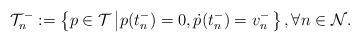
LaTeX: \begin{align*}\mathcal{T}_{n}^{-}:=\left\{ p\in\mathcal{T}\left|p(t_{n}^{-})=0,\dot{p}(t_{n}^{-})=v_{n}^{-}\right.\right\} ,\forall n\in\mathcal{N}.\end{align*}